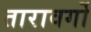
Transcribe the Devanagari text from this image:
तारावर्गो